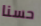
حسنا